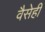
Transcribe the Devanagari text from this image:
वैसेही